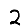
Digit: 2